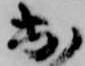
出